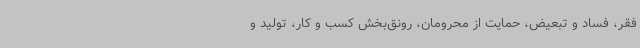
فقر، فساد و تبعیض، حمایت از محرومان، رونق‌بخش کسب و کار، تولید و